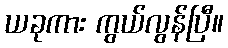
ယခုကား ကွယ်လွန်ပြီ။